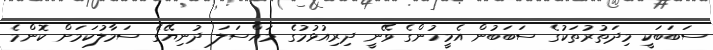
ސަބަބަކީ މިދަތުރުތަކުގެ ސަބަބުން އެމީހުންގެ ވޭނީ ދިރިއުޅުމުގެ މައްސަލަ ދުނިޔޭގެ ސަމާލުކަމަށް ކޮންމެ